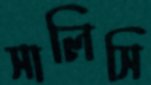
সালিসি